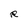
Character: R